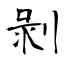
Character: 剝